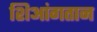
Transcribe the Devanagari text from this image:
शिआंगतान